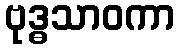
ဗုဒ္ဓသာဝကာ